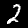
Digit: 2